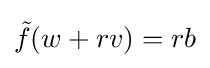
{\tilde {f}}(w+rv)=rb